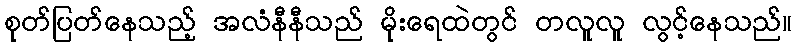
စုတ်ပြတ်နေသည့် အလံနီနီသည် မိုးရေထဲတွင် တလူလူ လွင့်နေသည်။